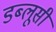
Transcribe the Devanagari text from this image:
डब्लूसी